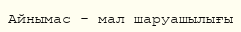
Айнымас - мал шаруашылығы